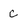
Character: c